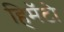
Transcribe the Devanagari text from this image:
हिमॅटो